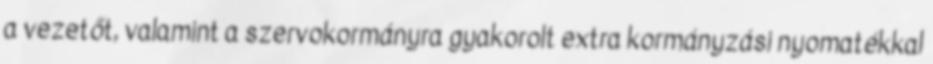
a vezetőt, valamint a szervokormányra gyakorolt extra kormányzási nyomatékkal